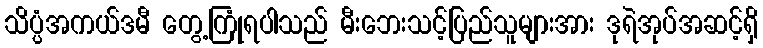
သိပ္ပံအကယ်ဒမီ တွေ့ကြုံရပါသည် မီးဘေးသင့်ပြည်သူများအား ဒုရဲအုပ်အဆင့်ရှိ